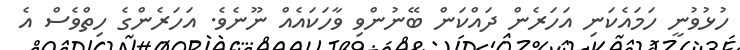
ހުޅުވުނީ ހަމައެކަނި އަހަރެން ދައްކަން ބޭނުންވި ވާހަކައެއް ނޫނެވެ. އަހަރެންގެ ހިތްވެސް އެ